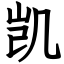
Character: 凯